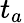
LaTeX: t_{a}